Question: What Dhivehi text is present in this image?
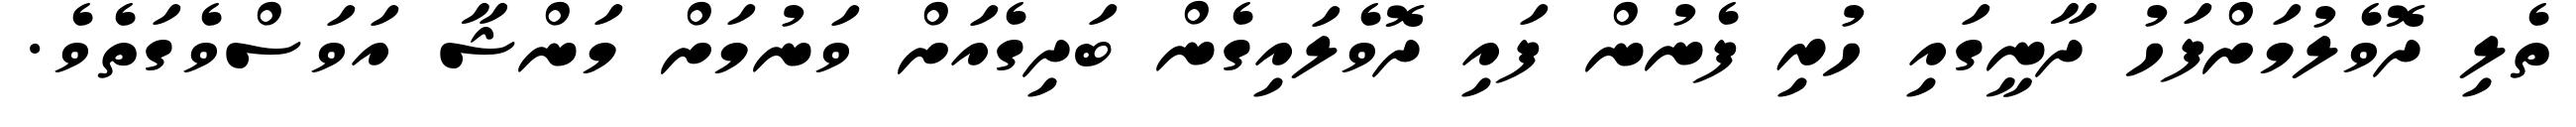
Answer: ތެލި ދޮވެލުމަށްފަހު ދާނީގައި ހުރި ފެނުން ފައި ދޮވެލައިގެން ބަދިގެއަށް ވަނުމަށް މަންޝާ އަވަސްވެގަތެވެ.